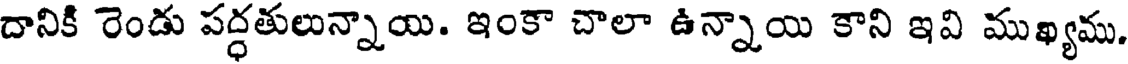
దానికి రెండు పద్ధతులున్నాయి. ఇంకా చాలా ఉన్నాయి కాని ఇవి ముఖ్యము.